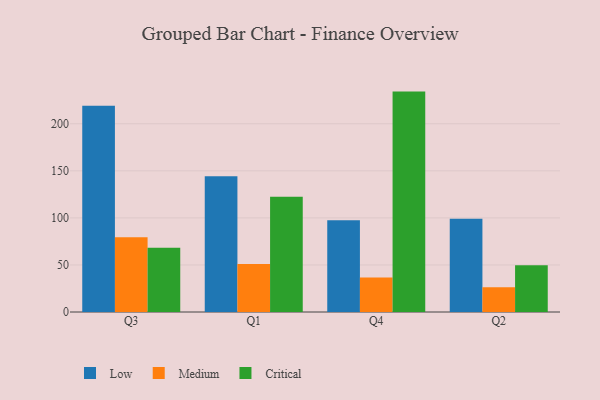
{"axis": {"x": "Quarter", "y": "Temperature (°C)"}, "legend": ["Critical", "Low", "Medium"], "data": [{"x": "Q3", "y": 219.2, "type": "Low"}, {"x": "Q3", "y": 79.5, "type": "Medium"}, {"x": "Q3", "y": 68.3, "type": "Critical"}, {"x": "Q1", "y": 144.2, "type": "Low"}, {"x": "Q1", "y": 50.9, "type": "Medium"}, {"x": "Q1", "y": 122.4, "type": "Critical"}, {"x": "Q4", "y": 97.6, "type": "Low"}, {"x": "Q4", "y": 36.6, "type": "Medium"}, {"x": "Q4", "y": 234.2, "type": "Critical"}, {"x": "Q2", "y": 99.0, "type": "Low"}, {"x": "Q2", "y": 26.2, "type": "Medium"}, {"x": "Q2", "y": 49.8, "type": "Critical"}]}